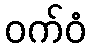
ဝက်ဝံ